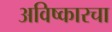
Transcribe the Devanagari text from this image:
अविष्कारचा